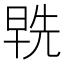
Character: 𭦞